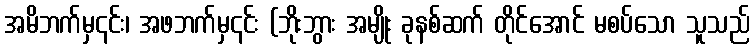
အမိဘက်မှ၎င်း၊ အဖဘက်မှ၎င်း (ဘိုးဘွား အမျိုး ခုနစ်ဆက် တိုင်အောင် မစပ်သော သူသည်